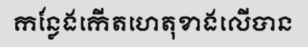
កន្លែងកើតហេតុខាងលើបាន